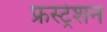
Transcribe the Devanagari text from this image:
फ्रस्ट्रेशन